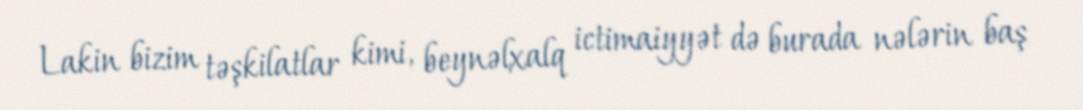
Lakin bizim təşkilatlar kimi, beynəlxalq ictimaiyyət də burada nələrin baş